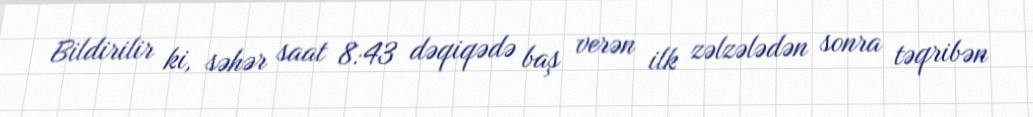
Bildirilir ki, səhər saat 8:43 dəqiqədə baş verən ilk zəlzələdən sonra təqribən